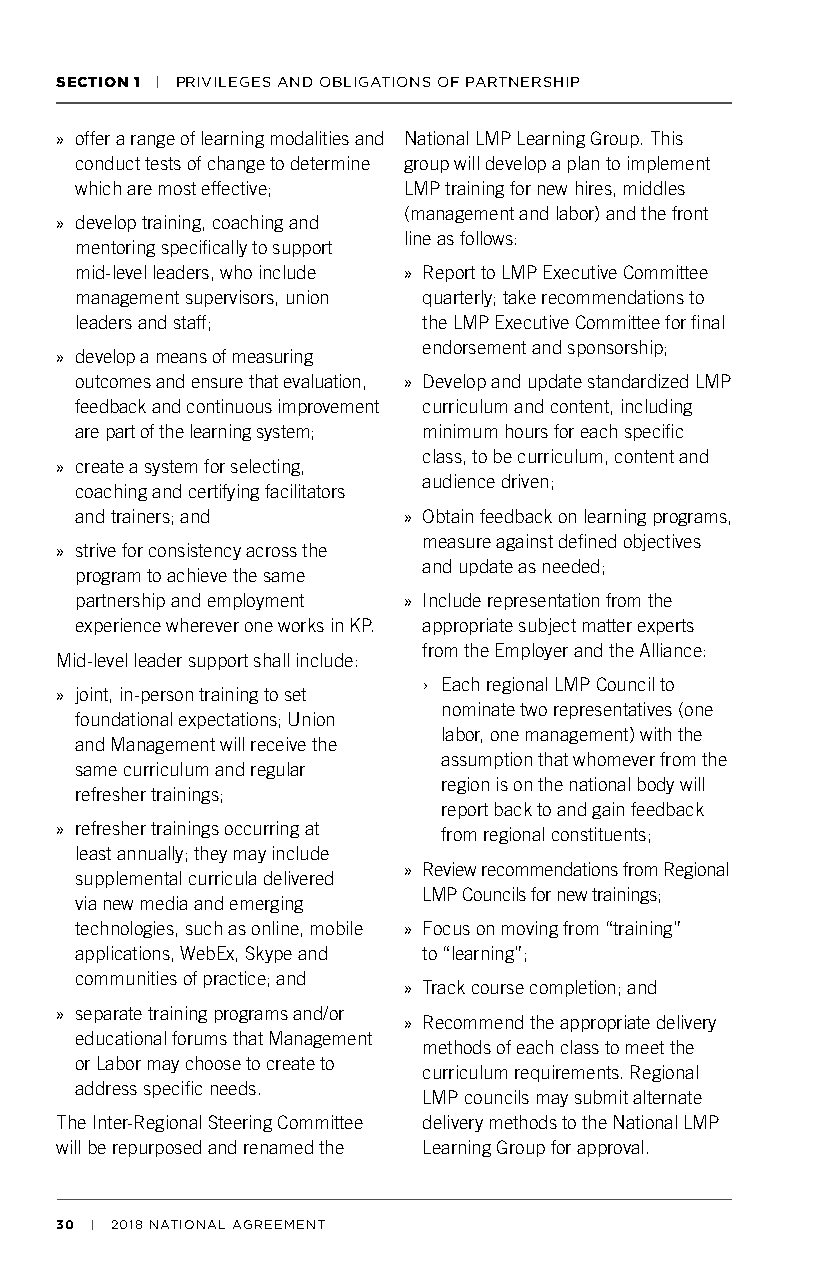
SECTION 1 | PRIVILEGES AND OBLIGATIONS OF PARTNERSHIP
 » offer a range of learning modalities and National LMP Learning Group. This
 conduct tests of change to determine group will develop a plan to implement
 which are most effective; LMP training for new hires, middles
 (management and labor) and the front
 » develop training, coaching and
 line as follows:
 mentoring specifically to support
 mid-level leaders, who include » Report to LMP Executive Committee
 management supervisors, union quarterly; take recommendations to
 leaders and staff;     the LMP Executive Committee for final
 endorsement and sponsorship;
 » develop a means of measuring
 outcomes and ensure that evaluation, » Develop and update standardized LMP
 feedback and continuous improvement curriculum and content, including
 are part of the learning system; minimum hours for each specific
 class, to be curriculum, content and
 » create a system for selecting,
 audience driven;
 coaching and certifying facilitators
 and trainers; and     » Obtain feedback on learning programs,
 measure against defined objectives
 » strive for consistency across the
 and update as needed;
 program to achieve the same
 partnership and employment » Include representation from the
 experience wherever one works in KP. appropriate subject matter experts
 from the Employer and the Alliance:
 Mid-level leader support shall include:
 › Each regional LMP Council to
 » joint, in-person training to set
 nominate two representatives (one
 foundational expectations; Union
 labor, one management) with the
 and Management will receive the
 assumption that whomever from the
 same curriculum and regular
 region is on the national body will
 refresher trainings;
 report back to and gain feedback
 » refresher trainings occurring at from regional constituents;
 least annually; they may include
 » Review recommendations from Regional
 supplemental curricula delivered
 LMP Councils for new trainings;
 via new media and emerging
 technologies, such as online, mobile » Focus on moving from “training”
 applications, WebEx, Skype and to “learning”;
 communities of practice; and
 » Track course completion; and
 » separate training programs and/or
 » Recommend the appropriate delivery
 educational forums that Management
 methods of each class to meet the
 or Labor may choose to create to
 curriculum requirements. Regional
 address specific needs.
 LMP councils may submit alternate
 The Inter-Regional Steering Committee delivery methods to the National LMP
 will be repurposed and renamed the Learning Group for approval.
 30 | 2018 NATIONAL AGREEMENT